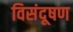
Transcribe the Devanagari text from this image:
विसंदूषण